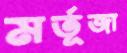
মর্তূজা